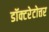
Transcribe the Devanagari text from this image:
डॉक्टरेटोत्तर